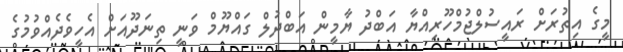
މީގެ އިތުރަށް ރައީސުލްޖުމްހޫރިއްޔާ އަބްދު ޔާމީން އަބްދުލް ގައްޔޫމް ވަނީ ތިނަދޫއަށް އެހީވެދެއްވުމުގެ